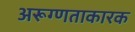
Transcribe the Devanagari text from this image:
अरूग्णताकारक